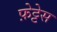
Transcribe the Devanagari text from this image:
फ़ेट्टेस